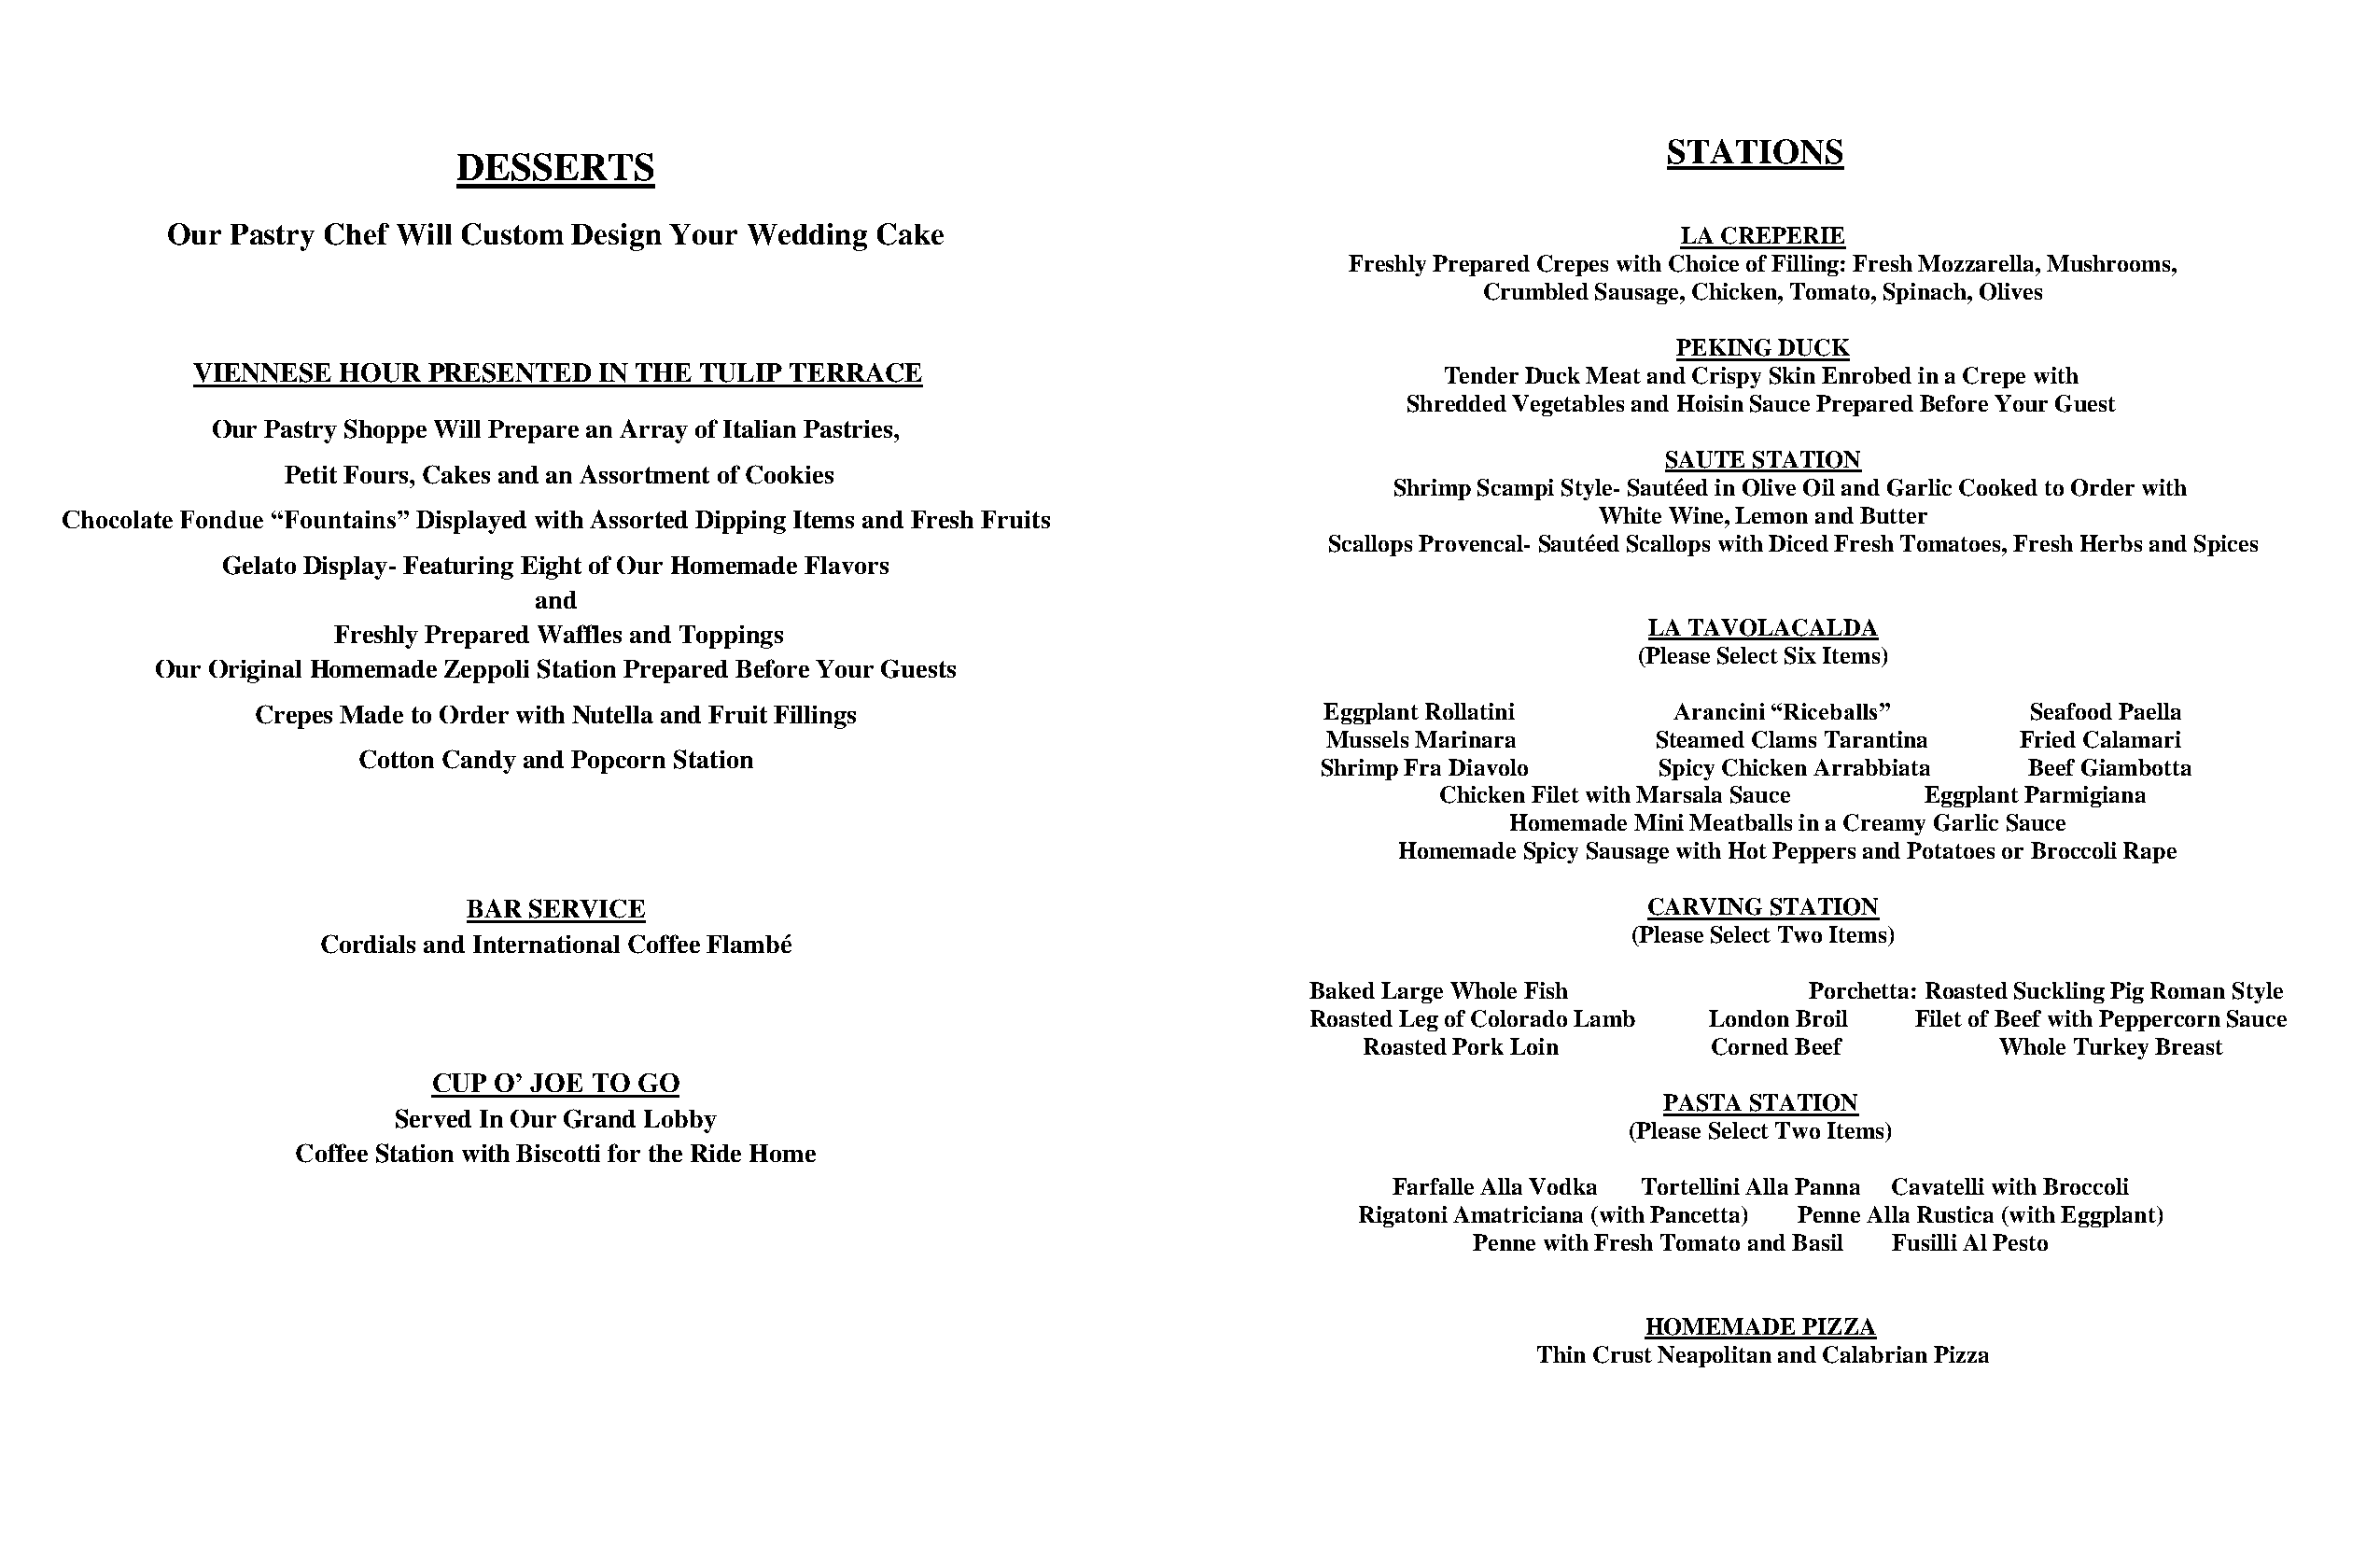
STATIONS
 DESSERTS
 Our Pastry Chef Will Custom  Design Your Wedding  Cake                                                     LA CREPERIE
 Freshly Prepared Crepes with Choice of Filling: Fresh Mozzarella, Mushrooms,
 Crumbled Sausage, Chicken, Tomato, Spinach, Olives
 PEKING DUCK
 VIENNESE  HOUR  PRESENTED   IN THE  TULIP TERRACE                                       Tender Duck Meat and Crispy Skin Enrobed in a Crepe with
 Shredded Vegetables and Hoisin Sauce Prepared Before Your Guest
 Our Pastry Shoppe Will Prepare an Array of Italian Pastries,
 SAUTE STATION
 Petit Fours, Cakes and an Assortment of Cookies
 Shrimp Scampi Style- Sautéed in Olive Oil and Garlic Cooked to Order with
 Chocolate Fondue “Fountains” Displayed with Assorted Dipping Items and Fresh Fruits                          White Wine, Lemon and Butter
 Scallops Provencal- Sautéed Scallops with Diced Fresh Tomatoes, Fresh Herbs and Spices
 Gelato Display- Featuring Eight of Our Homemade Flavors
 and
 LA TAVOLACALDA
 Freshly Prepared Waffles and Toppings
 (Please Select Six Items)
 Our Original Homemade Zeppoli Station Prepared Before Your Guests
 Crepes Made to Order with Nutella and Fruit Fillings                        Eggplant Rollatini       Arancini “Riceballs”     Seafood Paella
 Mussels Marinara       Steamed Clams Tarantina   Fried Calamari
 Cotton Candy and Popcorn Station
 Shrimp Fra Diavolo      Spicy Chicken Arrabbiata  Beef Giambotta
 Chicken Filet with Marsala Sauce  Eggplant Parmigiana
 Homemade Mini Meatballs in a Creamy Garlic Sauce
 Homemade Spicy Sausage with Hot Peppers and Potatoes or Broccoli Rape
 BAR SERVICE                                                                         CARVING  STATION
 (Please Select Two Items)
 Cordials and International Coffee Flambé
 Baked Large Whole Fish             Porchetta: Roasted Suckling Pig Roman Style
 Roasted Leg of Colorado Lamb London Broil  Filet of Beef with Peppercorn Sauce
 Roasted Pork Loin       Corned Beef          Whole Turkey Breast
 CUP O’ JOE TO GO
 PASTA STATION
 Served In Our Grand Lobby
 (Please Select Two Items)
 Coffee Station with Biscotti for the Ride Home
 Farfalle Alla Vodka Tortellini Alla Panna Cavatelli with Broccoli
 Rigatoni Amatriciana (with Pancetta) Penne Alla Rustica (with Eggplant)
 Penne with Fresh Tomato and Basil Fusilli Al Pesto
 HOMEMADE   PIZZA
 Thin Crust Neapolitan and Calabrian Pizza